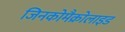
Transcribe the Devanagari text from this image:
जिनकोमैक्रोलाइड